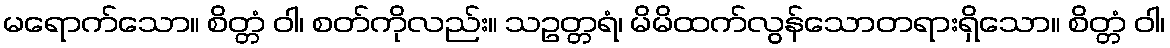
မရောက်သော။ စိတ္တံ ဝါ၊ စတ်ကိုလည်း။ သဥတ္တရံ၊ မိမိထက်လွန်သောတရားရှိသော။ စိတ္တံ ဝါ၊